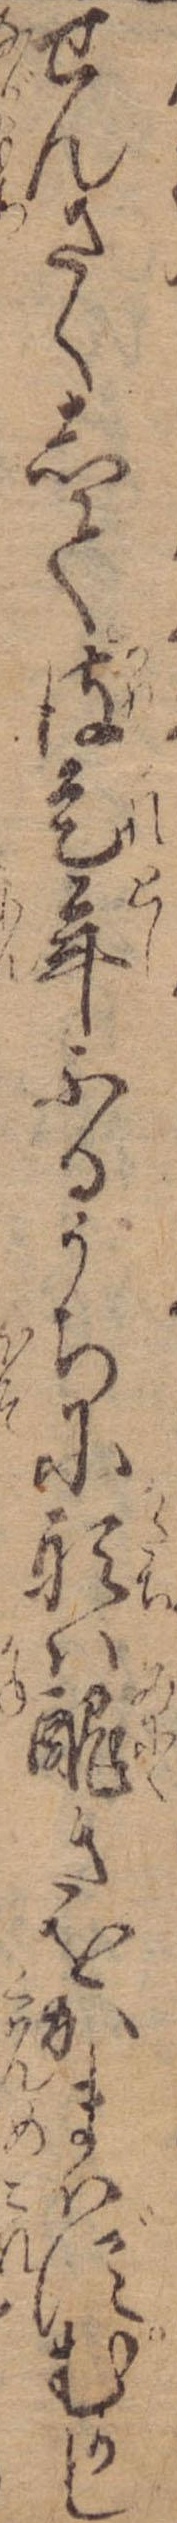
せんさくして彼是年ふるうちに形は醜きをかまはずむかし